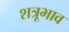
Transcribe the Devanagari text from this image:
शत्रूभाव